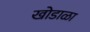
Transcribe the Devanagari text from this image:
खोडाळा